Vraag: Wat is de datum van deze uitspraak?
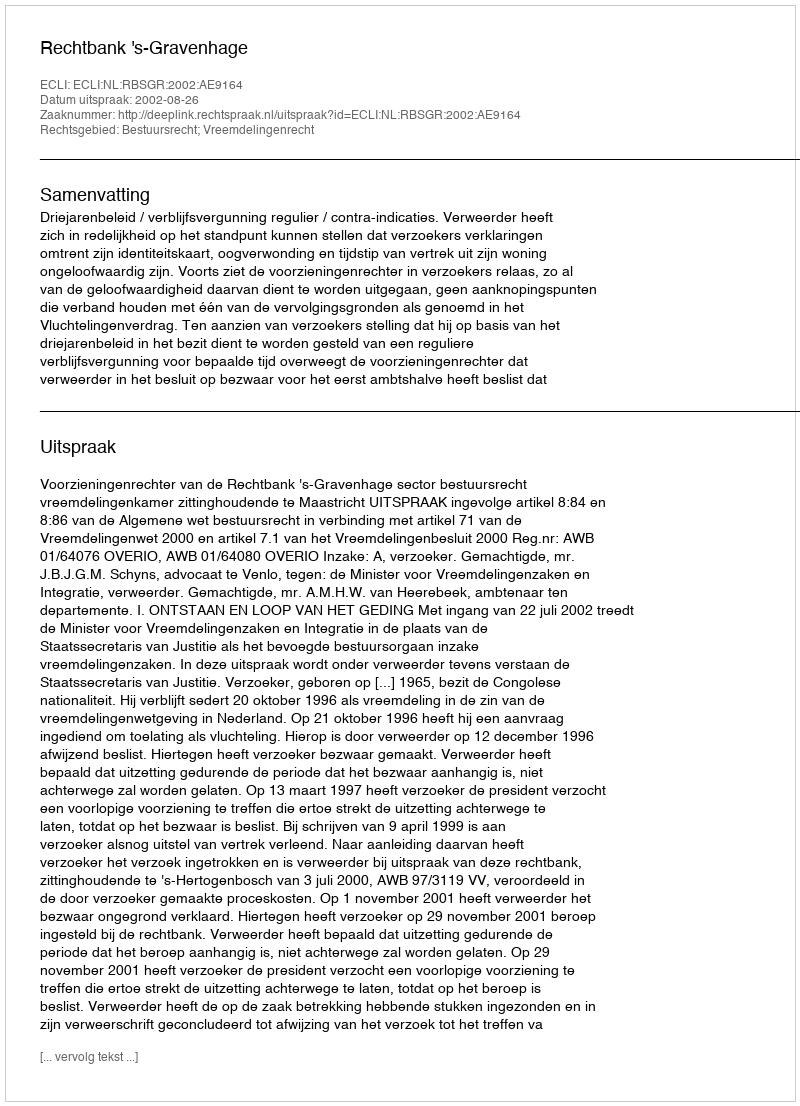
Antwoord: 2002-08-26